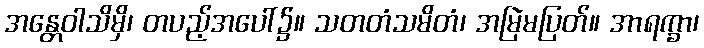
အန္တေဝါသိမှိ၊ တပည့်အပေါ်၌။ သတတံသမိတံ၊ အမြဲမပြတ်။ အာရက္ခာ၊